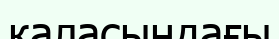
каласындағы